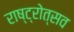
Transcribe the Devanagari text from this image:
राष्ट्रोत्सव